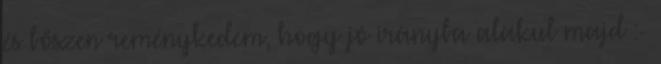
és bőszen reménykedem, hogy jó irányba alakul majd :-